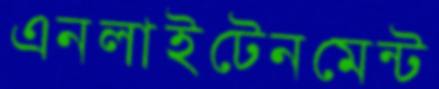
এনলাইটেনমেন্ট